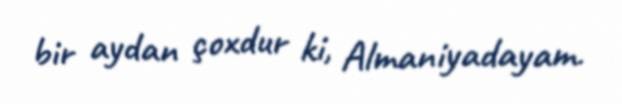
bir aydan çoxdur ki, Almaniyadayam.